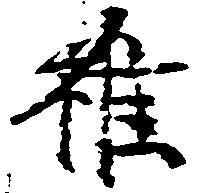
雖